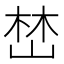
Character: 𡹚